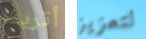
أتريده لتعزيز